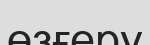
өзғеру